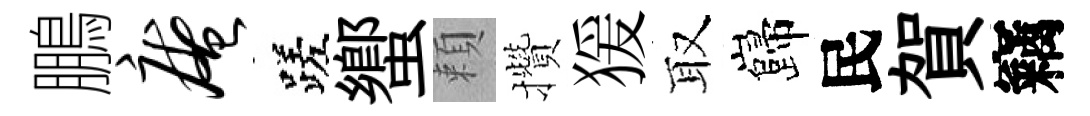
鵬庵蹉蠁頼攢猨取巋民賀竊